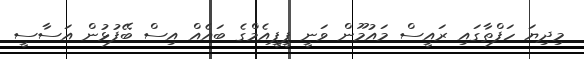
މިދިޔަ ހަފްތާގައި ރައީސް މައުމޫން ވަނީ ޕީޕީއެމްގެ ބައެއް އިސް ބޭފުޅުން އަސާސީ